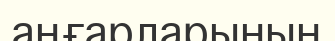
аңғарларының